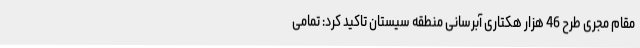
مقام مجری طرح 46 هزار هکتاری آبرسانی منطقه سیستان تاکید کرد: تمامی